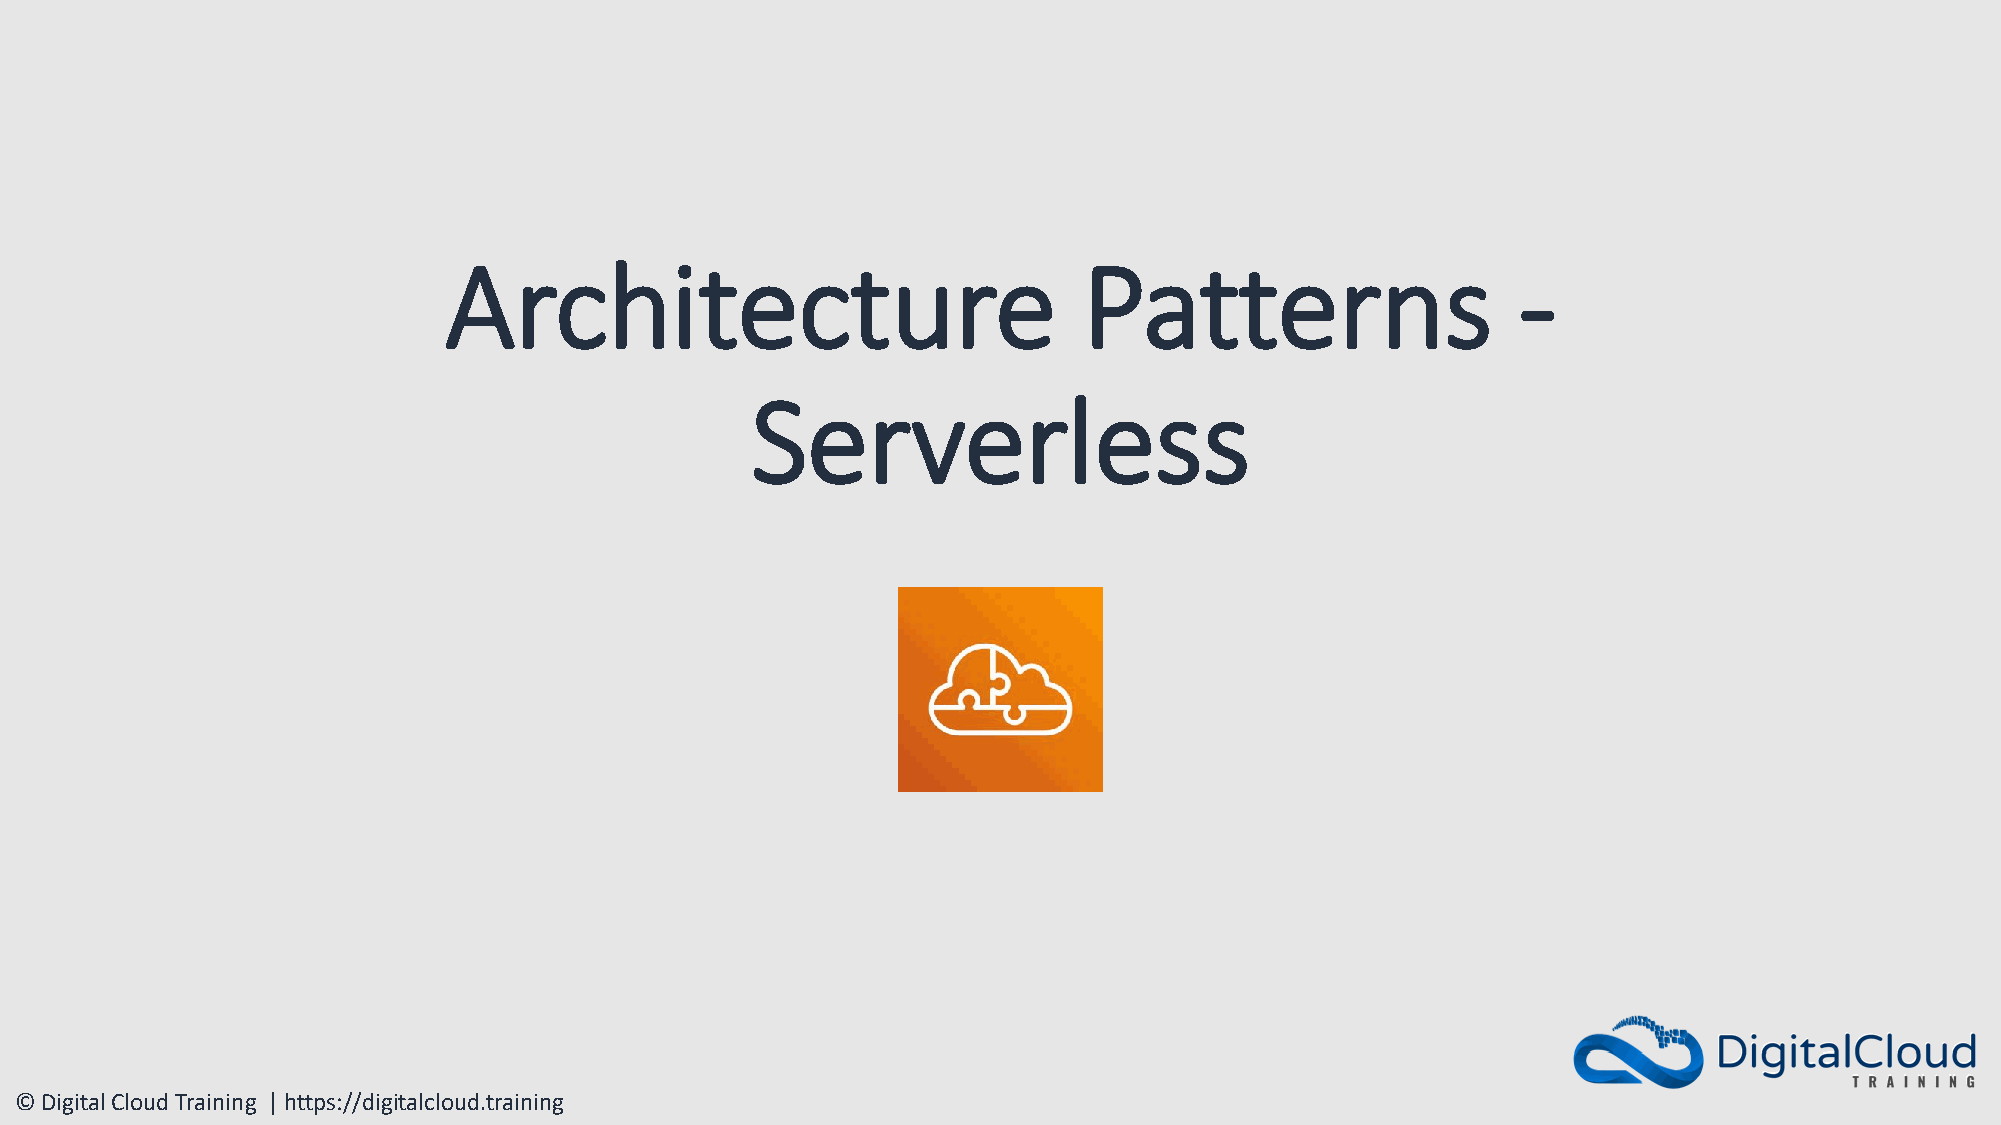
Architecture                               Patterns                    -
 Serverless
 © Digital Cloud Training | https://digitalcloud.training